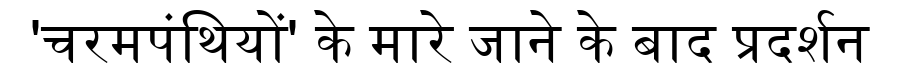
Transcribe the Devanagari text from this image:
'चरमपंथियों' के मारे जाने के बाद प्रदर्शन